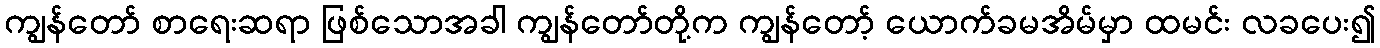
ကျွန်တော် စာရေးဆရာ ဖြစ်သောအခါ ကျွန်တော်တို့က ကျွန်တော့် ယောက်ခမအိမ်မှာ ထမင်း လခပေး၍